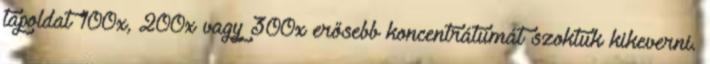
tápoldat 100x, 200x vagy 300x erősebb koncentrátumát szoktuk kikeverni.